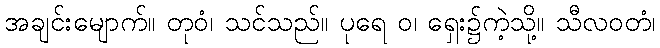
အချင်းမျောက်။ တုဝံ၊ သင်သည်။ ပုရေ ဝ၊ ရှေး၌ကဲ့သို့။ သီလဝတံ၊